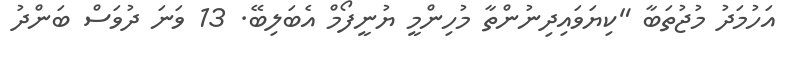
އަހުމަދު މުޖުތަބާ "ކިޔަވައިދިނުންތާ މުހިންމީ ޔުނީފޯމް އެބަލިބޭ. 13 ވަނަ ދުވަސް ބަންދު